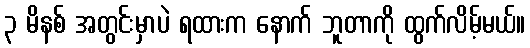
၃ မိနစ် အတွင်းမှာပဲ ရထားက နောက် ဘူတာကို ထွက်လိမ့်မယ်။